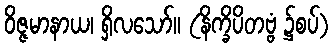
ဝိဇ္ဇမာနာယ၊ ရှိလသော်။ (နိက္ခိပိတဗ္ဗံ ၌စပ်)